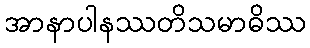
အာနာပါနဿတိသမာဓိဿ